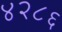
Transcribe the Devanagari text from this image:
४२८६